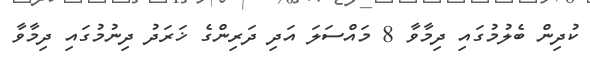
ކުދިން ބެލުމުގައި ދިމާވާ 8 މައްސަލަ އަދި ދަރިންގެ ޚަރަދު ދިނުމުގައި ދިމާވާ